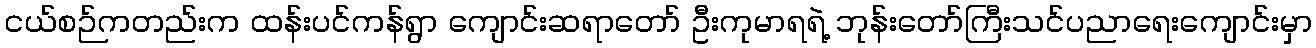
ငယ်စဉ်ကတည်းက ထန်းပင်ကန်ရွာ ကျောင်းဆရာတော် ဦးကုမာရရဲ့ ဘုန်းတော်ကြီးသင်ပညာရေးကျောင်းမှာ